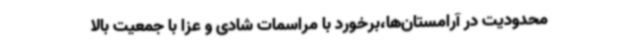
محدودیت در آرامستان‌ها،برخورد با مراسمات شادی و عزا با جمعیت بالا